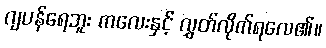
ဂျပန်ရေဘူး ကလေးနှင့် လွှတ်လိုက်ရလေ၏။